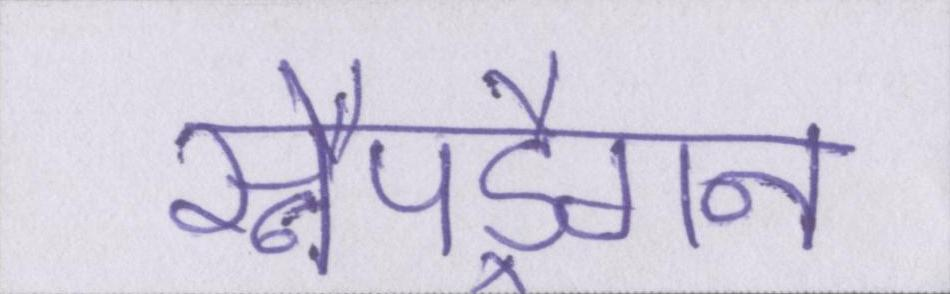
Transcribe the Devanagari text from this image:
स्नैपड्रैगन